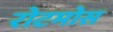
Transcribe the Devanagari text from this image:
रोटमोस